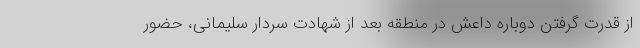
از قدرت گرفتن دوباره داعش در منطقه بعد از شهادت سردار سلیمانی، حضور